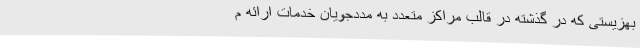
بهزیستی که در گذشته در قالب مراکز متعدد به مددجویان خدمات ارائه م